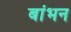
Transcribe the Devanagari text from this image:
बांभन